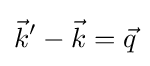
{\vec {k}}'-{\vec {k}}={\vec {q}}